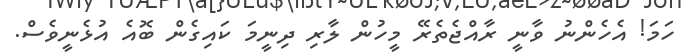
ހަމަ! އެހެންނު ވާނީ ރާއްޖެތެރޭ މީހުން ލާރި ދިނީމަ ކައިގެން ބޮއެ އުޅެނީވެސް.